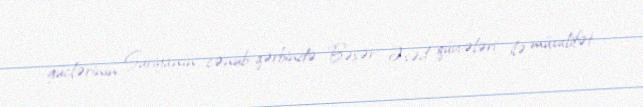
güclərinin Suriyanın cənub-qərbində Bəşər Əsəd qüvvələri ilə müxalifət